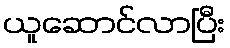
ယူဆောင်လာပြီး